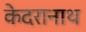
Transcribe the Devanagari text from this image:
केदरानाथ